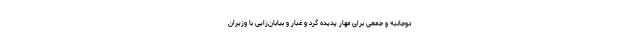
دوجانبه و جمعی برای مهار پدیده گرد و غبار و بیابان‌زایی با وزیران